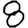
Digit: 8